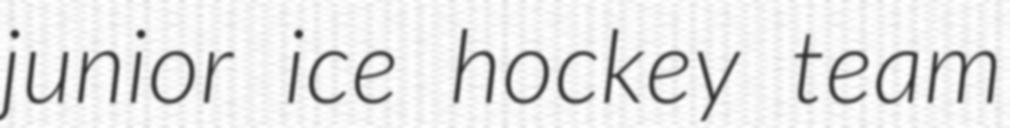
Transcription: junior ice hockey team